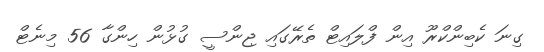
ގިނަ ކެބިންކްރޫ އިން ފްލައިޓް ތެރޭގައި ޖިންސީ ގުޅުން ހިންގާ 56 މިނެޓް